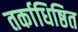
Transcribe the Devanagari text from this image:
तर्काधिष्ठित